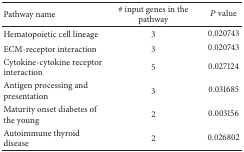
| Pathway name | # input genes in the pathway | P value |
 | --- | --- | --- |
 | Hematopoietic cell lineage | 3 | 0.020743 |
 | ECM-receptor interaction | 3 | 0.020743 |
 | Cytokine-cytokine receptor interaction | 5 | 0.027124 |
 | Antigen processing and presentation | 3 | 0.031685 |
 | Maturity onset diabetes of the young | 2 | 0.003156 |
 | Autoimmune thyroid disease | 2 | 0.026802 |